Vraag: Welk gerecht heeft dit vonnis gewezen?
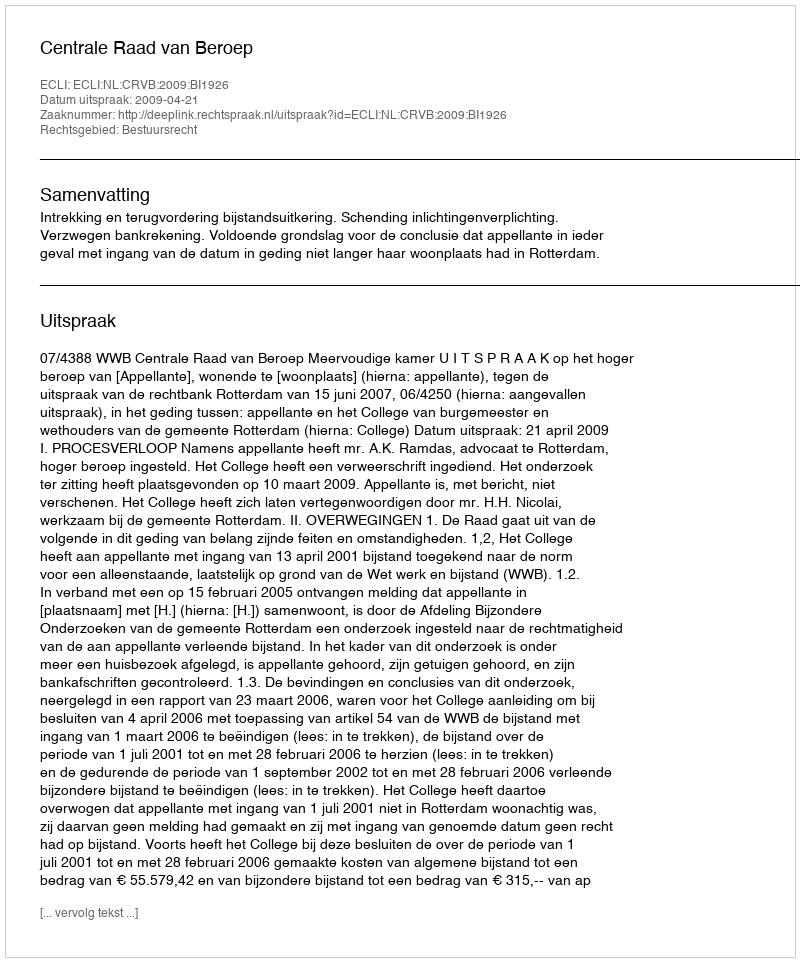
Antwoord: Centrale Raad van Beroep